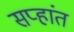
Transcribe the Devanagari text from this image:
सप्हांत